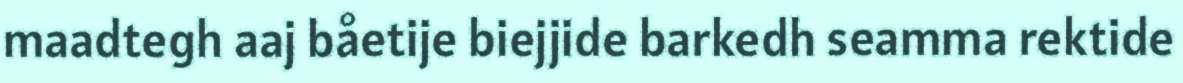
maadtegh aaj båetije biejjide barkedh seamma rektide